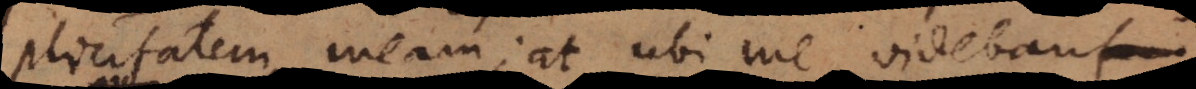
licitatem meam; at ubi me videbant